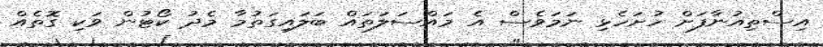
އިސްތިއުނާފަށް ހުށަހެޅި ނަމަވެސް އެ މައްސަލަތައް ބަލައިގަތުމާ މެދު ކޯޓުން ވަކި ގޮތެއް